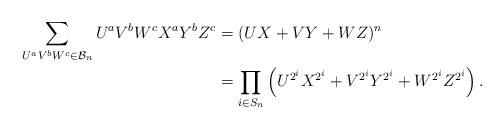
LaTeX: \begin{align*}\sum_{U^a V^b W^c \in \mathcal{B}_n} U^a V^b W^c X^a Y^b Z^c & = (UX+VY+WZ)^n \\& = \prod_{i \in S_n} \left(U^{2^i}X^{2^i}+V^{2^i}Y^{2^i}+W^{2^i}Z^{2^i}\right).\end{align*}